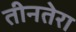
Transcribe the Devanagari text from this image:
तीनतेरा